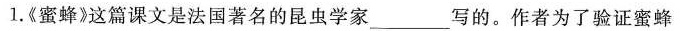
1.《蜜蜂》这篇课文是法国著名的昆虫学家___写的。作者为了验证蜜蜂